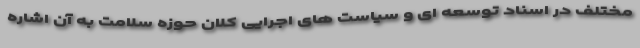
مختلف در اسناد توسعه ای و سیاست های اجرایی کلان حوزه سلامت به آن اشاره